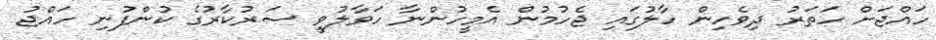
ހައްޖަށް ހަތަރު ދިވެހިން ހާލުގައި ޖެހުމުން އެމީހުންނާ ހަވާލުވީ ސަރުކާރުގެ ކުންފުނި ހައްޖު